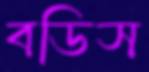
বডিস